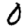
Digit: 0